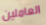
العاملين